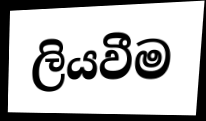
ලියවීම